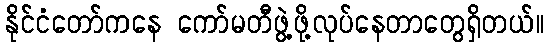
နိုင်ငံတော်ကနေ ကော်မတီဖွဲ့ဖို့လုပ်နေတာတွေရှိတယ်။